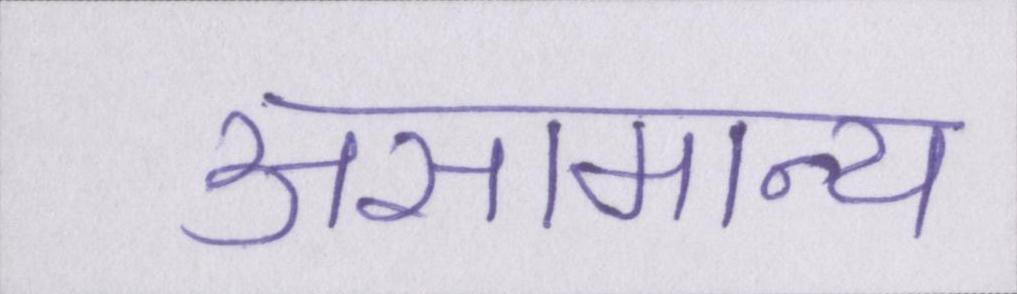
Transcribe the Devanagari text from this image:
असामान्य